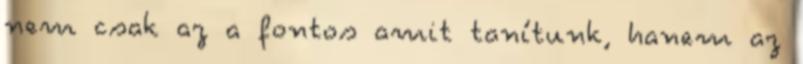
nem csak az a fontos amit tanítunk, hanem az